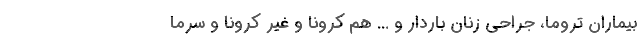
بیماران تروما، جراحی زنان باردار و ... هم کرونا و غیر کرونا و سرما